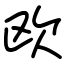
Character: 欧